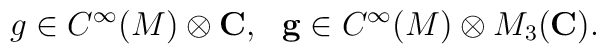
g \in C^{\infty}(M) \otimes {\bf C},~~{\bf g} \in C^{\infty}(M)\otimes M_{3}({\bf C}).